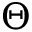
\Theta